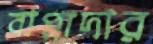
বাপ্পাদার